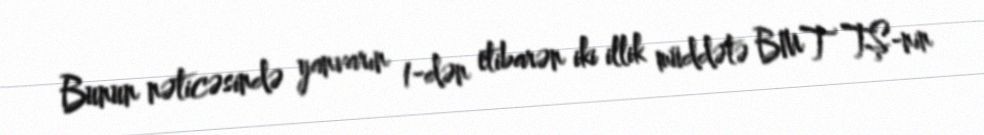
Bunun nəticəsində yanvarın 1-dən etibarən iki illik müddətə BMT TŞ-nin